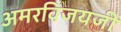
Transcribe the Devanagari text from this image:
अमरविजयजी